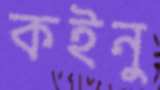
কইনু